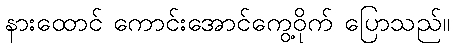
နားထောင် ကောင်းအောင်ကွေ့ဝိုက် ပြောသည်။